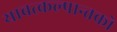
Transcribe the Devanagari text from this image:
यावत्कल्पान्तको